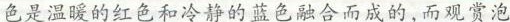
色是温暖的红色和冷静的蓝色融合而成的,而观赏泡